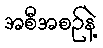
အစီအစဉ်နဲ့